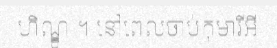
ហិណ្ឌូ ។ នៅពេលចាប់កុមារីអី